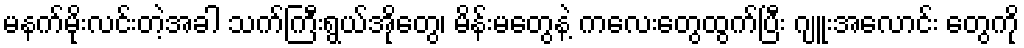
မနက်မိုးလင်းတဲ့အခါ သက်ကြီးရွယ်အိုတွေ၊ မိန်းမတွေနဲ့ ကလေးတွေထွက်ပြီး ဂျူးအလောင်း တွေကို